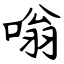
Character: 嗡